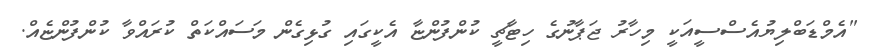
"އެމްޑަބްލިޔުއެސްސީއަކީ މިހާރު ޖަޕާނުގެ ހިޓާޗީ ކުންފުންޏާ އެކީގައި ގުޅިގެން މަސައްކަތް ކުރައްވާ ކުންފުންޏެއް.